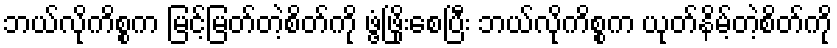
ဘယ်လိုကိစ္စက မြင့်မြတ်တဲ့စိတ်ကို ဖွံ့ဖြိုးစေပြီး ဘယ်လိုကိစ္စက ယုတ်နိမ့်တဲ့စိတ်ကို